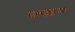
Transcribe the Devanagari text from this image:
मलाक्काच्या